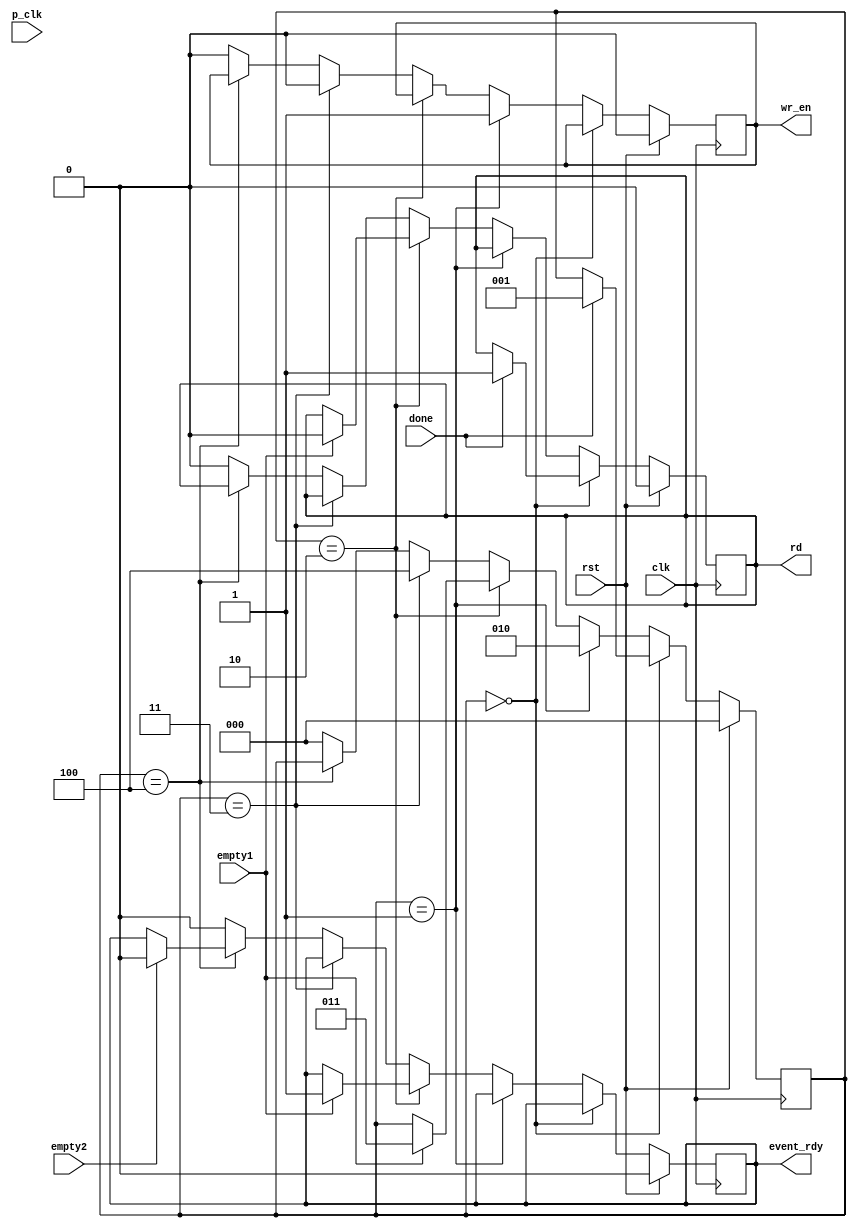
`timescale 1ns / 1ps
//////////////////////////////////////////////////////////////////////////////////
// Company: 
// Engineer: 
// 
// Design Name: 
// Module Name:    clk_cross_Ctrl 
// Project Name: 
// Target Devices: 
// Tool versions: 
// Description: 
//
// Dependencies: 
//
// Revision: 
// Revision 0.01 - File Created
// Additional Comments: 
//
//////////////////////////////////////////////////////////////////////////////////
module clk_cross_Ctrl(
	input done,
	input clk,
	input p_clk,
	input rst,
	input empty1,
	input empty2,
	output reg rd,
	output reg wr_en,
	output reg event_rdy
    );

reg [2:0] state_init = 3'b000;
reg [2:0] state_wait1 = 'b001;
reg [2:0] state_wr = 3'b010;
reg [2:0] state_wait2 = 3'b011;
reg [2:0] state_done = 3'b100;
reg [2:0] state;

always@(posedge clk)
begin
	if(rst)
	begin
		state <= state_init;
		wr_en <= 0;
		rd <= 0;
		event_rdy <= 0;
	end
	
	else 
	begin
		case(state)
	
		state_init:
		if(done)
		begin
			//wr_en <= 1;
			rd <= 1;
			state <= state_wait1;
		end
	state_wait1:
		begin
			wr_en <= 1;
			state <= state_wr;
		end
		
		state_wr:
		if(empty1)
		begin
			event_rdy <= 1;
			rd <= 0;
			state <= state_wait2;
		end
		
		state_wait2:
		begin
			wr_en <= 0;
			state <= state_done;
		end
		
		state_done:
			if(empty2)
			begin
				event_rdy <= 0;
			end
		
		default: 
		begin
			state <= state_init;
			wr_en <= 0;
			rd <= 0;
			event_rdy <= 0;
			
		end
		endcase
	end
end





endmodule